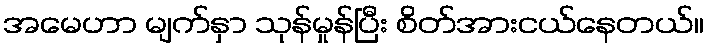
အမေဟာ မျက်နှာ သုန်မှုန်ပြီး စိတ်အားငယ်နေတယ်။